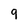
Character: 9